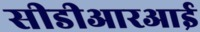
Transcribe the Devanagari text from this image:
सीडीआरआई